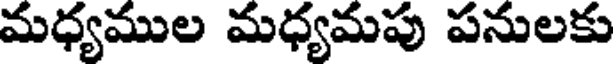
మధ్యముల మధ్యమపు పనులకు